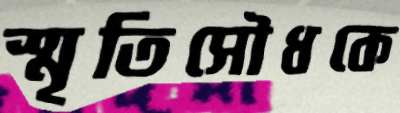
স্মৃতিসৌধকে